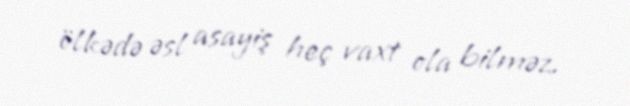
ölkədə əsl asayiş heç vaxt ola bilməz.